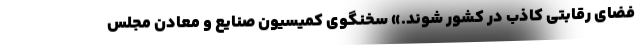
فضای رقابتی کاذب در کشور شوند.» سخنگوی کمیسیون صنایع و معادن مجلس